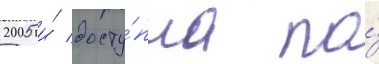
2005 и́ досту́пна по́